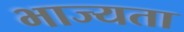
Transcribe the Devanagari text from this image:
भाज्यता